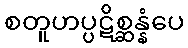
စတူဟပ္ပဋိစ္ဆန္နံပေ